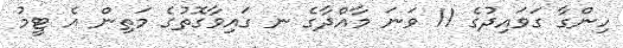
ހިންގާ ގަވައިދުގެ 11 ވަނަ މާއްދާގެ ނ ގައިވާގޮތުގެ މަތިން އެ ޓީމު